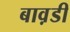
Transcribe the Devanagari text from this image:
बाव़डी